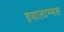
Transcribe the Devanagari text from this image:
इयालाम्मल